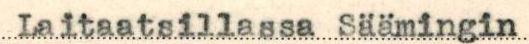
Laitaatsillassa Säämingin